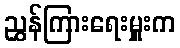
ညွှန်ကြားရေးမှူးက